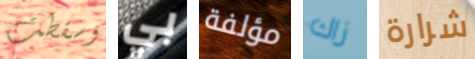
وسقطت بي مؤلفة زاك شرارة